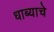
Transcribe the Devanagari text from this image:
धाब्याचे